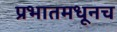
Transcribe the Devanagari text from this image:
प्रभातमधूनच